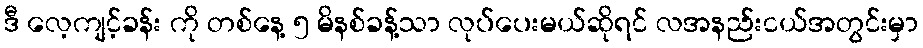
ဒီ လေ့ကျင့်ခန်း ကို တစ်နေ့ ၅ မိနစ်ခန့်သာ လုပ်ပေးမယ်ဆိုရင် လအနည်းငယ်အတွင်းမှာ